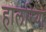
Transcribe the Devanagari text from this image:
हालरिया